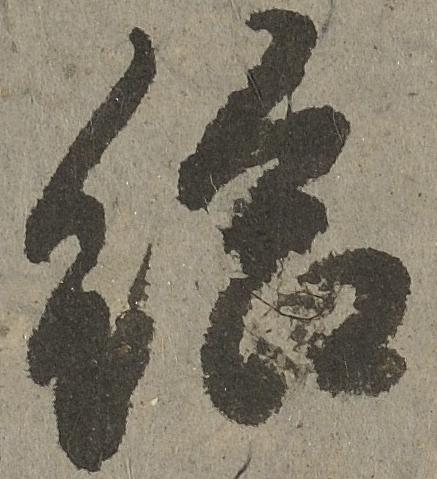
申